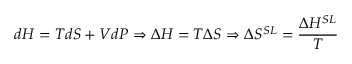
d H = T d S + V d P \Rightarrow \Delta H = T \Delta S \Rightarrow \Delta S ^ { S L } = \frac { \Delta H ^ { S L } } { T }